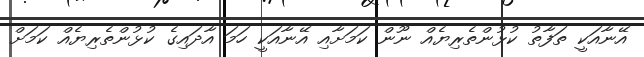
އޭނާއަކީ ތަފާތު ކުޅުންތެރިޔެއް ނޫން ކަމަށާއި އޭނާއަކީ ހަމަ އާދައިގެ ކުޅުންތެރިޔެއް ކަމަށް